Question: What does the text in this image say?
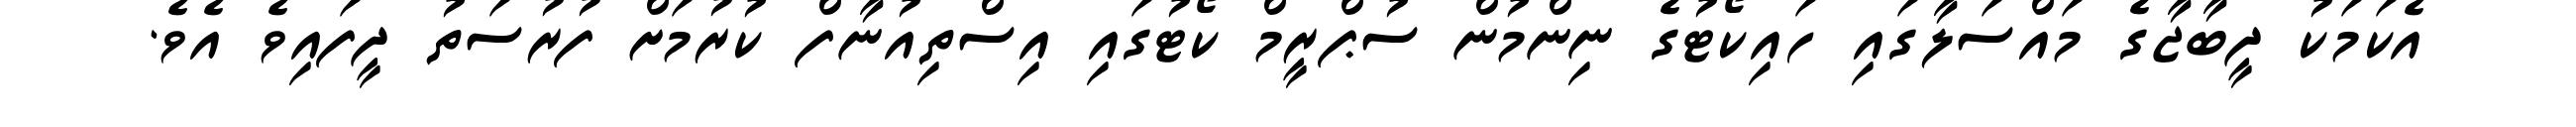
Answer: އެކަމަކު ދީބާޖާގެ މައްސަލާގައި ހައިކޯޓުގެ ނިންމުން ސުޕްރީމް ކޯޓުގައި އިސްތިއުނާފް ކުރުމަށް ފުރުސަތު ދީފައިވެ އެވެ.